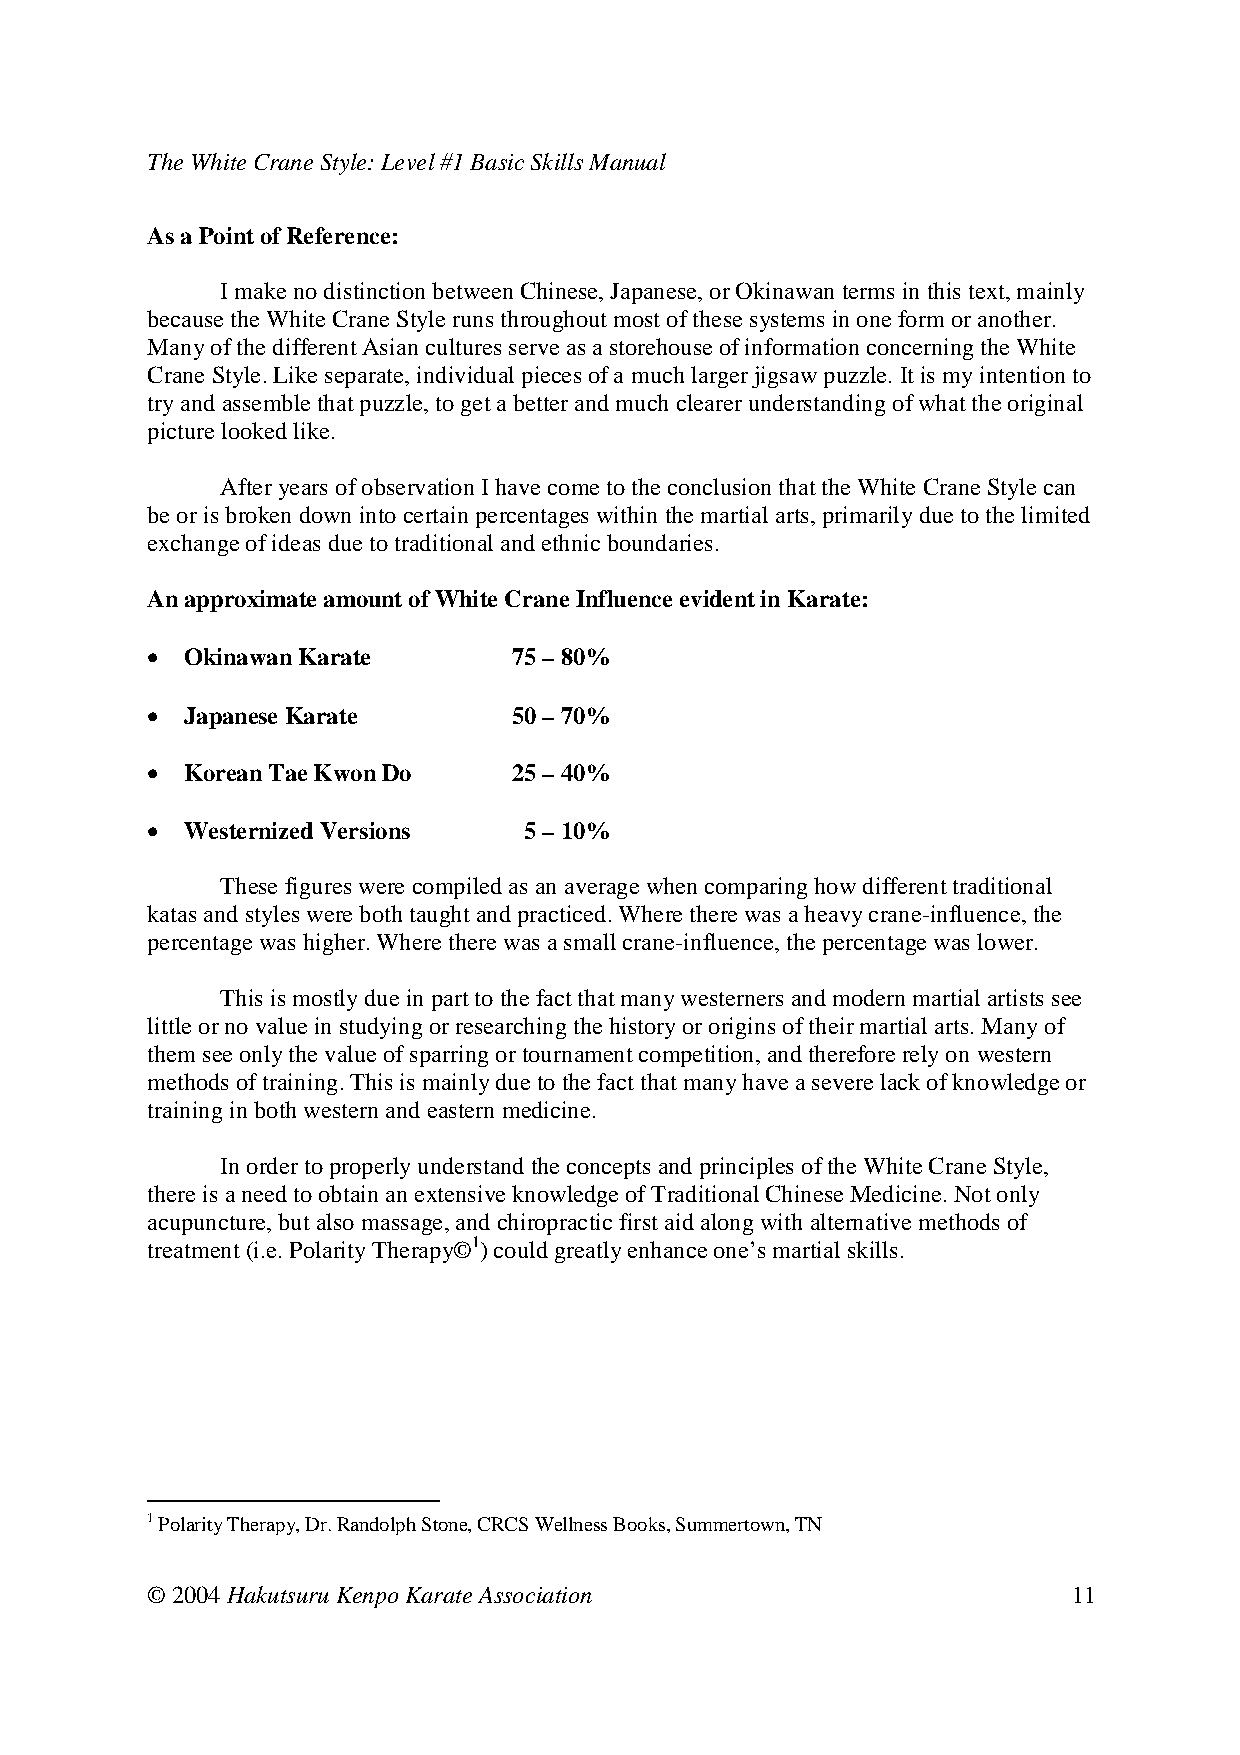
The White Crane Style: Level #1 Basic Skills Manual
 As a Point of Reference:
 I make no distinction between Chinese, Japanese, or Okinawan terms in this text, mainly
 because the White Crane Style runs throughout most of these systems in one form or another.
 Many of the different Asian cultures serve as a storehouse of information concerning the White
 Crane Style. Like separate, individual pieces of a much larger jigsaw puzzle. It is my intention to
 try and assemble that puzzle, to get a better and much clearer understanding of what the original
 picture looked like.
 After years of observation I have come to the conclusion that the White Crane Style can
 be or is broken down into certain percentages within the martial arts, primarily due to the limited
 exchange of ideas due to traditional and ethnic boundaries.
 An approximate amount of White Crane Influence evident in Karate:
 • Okinawan Karate 75 – 80%
 • Japanese Karate  50 – 70%
 • Korean Tae Kwon Do 25 – 40%
 • Westernized Versions 5 – 10%
 These figures were compiled as an average when comparing how different traditional
 katas and styles were both taught and practiced. Where there was a heavy crane-influence, the
 percentage was higher. Where there was a small crane-influence, the percentage was lower.
 This is mostly due in part to the fact that many westerners and modern martial artists see
 little or no value in studying or researching the history or origins of their martial arts. Many of
 them see only the value of sparring or tournament competition, and therefore rely on western
 methods of training. This is mainly due to the fact that many have a severe lack of knowledge or
 training in both western and eastern medicine.
 In order to properly understand the concepts and principles of the White Crane Style,
 there is a need to obtain an extensive knowledge of Traditional Chinese Medicine. Not only
 acupuncture, but also massage, and chiropractic first aid along with alternative methods of
 treatment (i.e. Polarity Therapy©1) could greatly enhance one’s martial skills.
 1 Polarity Therapy, Dr. Randolph Stone, CRCS Wellness Books, Summertown, TN
 © 2004 Hakutsuru Kenpo Karate Association                    11